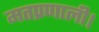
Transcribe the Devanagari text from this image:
मतप्रणाली।